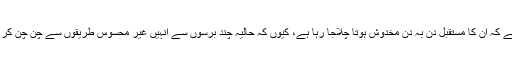
انہیں اس بات کا اندازہ ہو چکا ہے کہ ان کا مستقبل دن بہ دن مخدوش ہوتا چلاجا رہا ہے، کیوں کہ حالیہ چند برسوں سے انہیں غیر محسوس طریقوں سے چن چن کر شہید کر کے سلایا جا رہا ہے ۔